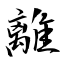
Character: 離